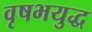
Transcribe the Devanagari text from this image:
वृषभयुद्ध